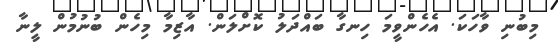
މިބުނި ވާހަކަ. އެހެންވީމަ ހިނގާ ބައްދަލު ކޮށްލަން. އާޒިމާ މިހެން ބުނުމުން ލީނާ